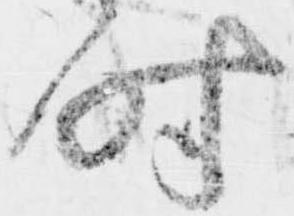
時